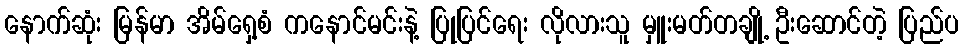
နောက်ဆုံး မြန်မာ အိမ်ရှေ့စံ ကနောင်မင်းနဲ့ ပြုပြင်ရေး လိုလားသူ မှူးမတ်တချို့ ဦးဆောင်တဲ့ ပြည်ပ